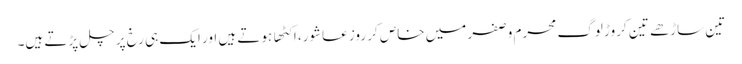
تین ساڑهے تین کروڑ لوگ محرم وصفر میں خاص کر روز عاشور، اکٹها ہوتے ہیں اور ایک ہی رخ پر چل پڑتے ہیں۔